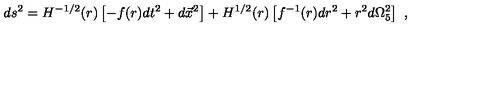
d s ^ { 2 } = H ^ { - 1 / 2 } ( r ) \left[ - f ( r ) d t ^ { 2 } + d \vec { x } ^ { 2 } \right] + H ^ { 1 / 2 } ( r ) \left[ f ^ { - 1 } ( r ) d r ^ { 2 } + r ^ { 2 } d \Omega _ { 5 } ^ { 2 } \right] \ ,